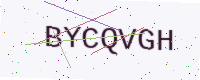
Text: BYCQVGH